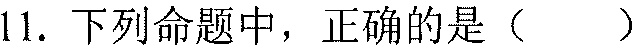
11. 下列命题中，正确的是（  ）